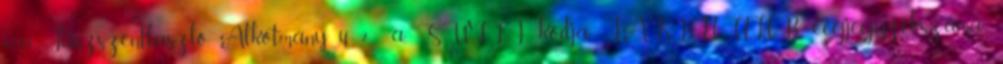
6133 Jászszentlászló, Alkotmány u. 2 a., S.W.I.F.T. kódja: TAKBHUHB, cégjegyzékszáma: